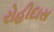
રોહીદાસ